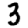
Digit: 3